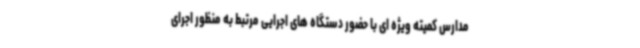
مدارس کمیته ویژه ای با حضور دستگاه های اجرایی مرتبط به منظور اجرای